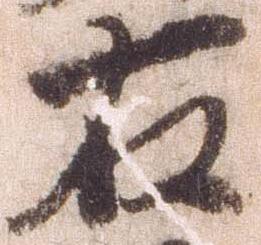
右